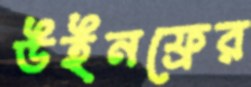
উইনফ্রের